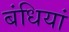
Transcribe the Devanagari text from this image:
बंधियां